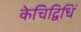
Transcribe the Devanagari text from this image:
केचिद्विधिं